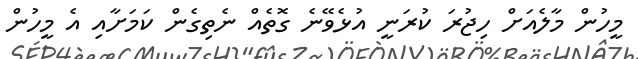
މީހުން މާލެއަށް ހިޖުރަ ކުރަނީ އުޅެވޭނެ ގޮތެއް ނެތިގެން ކަމަށާއި އެ މީހުން